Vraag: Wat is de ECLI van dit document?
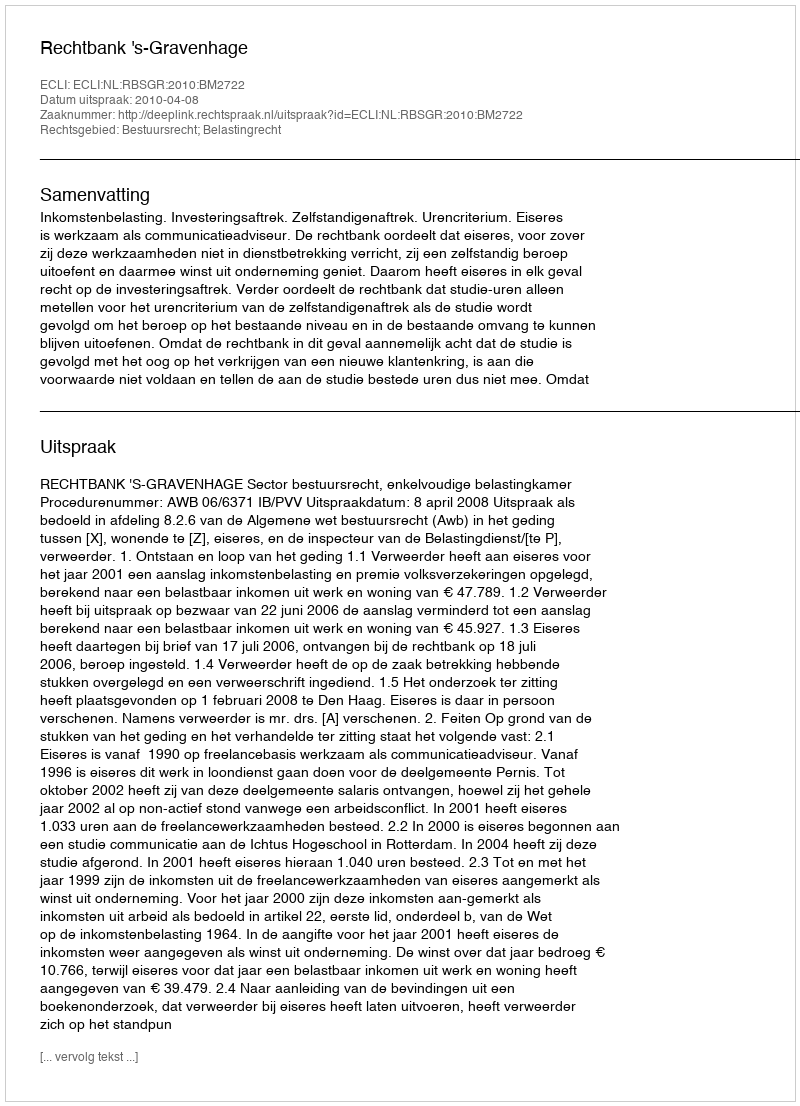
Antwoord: ECLI:NL:RBSGR:2010:BM2722